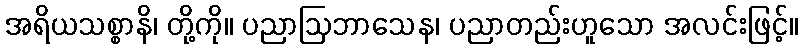
အရိယသစ္စာနိ၊ တို့ကို။ ပညာဩဘာသေန၊ ပညာတည်းဟူသော အလင်းဖြင့်။